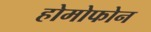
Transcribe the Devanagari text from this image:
होमोफोन